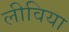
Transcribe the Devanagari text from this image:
लीविया